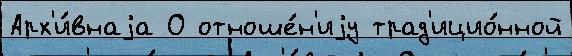
Арх'и́внаjа О отноше́н'иjу трад'ицио́нной